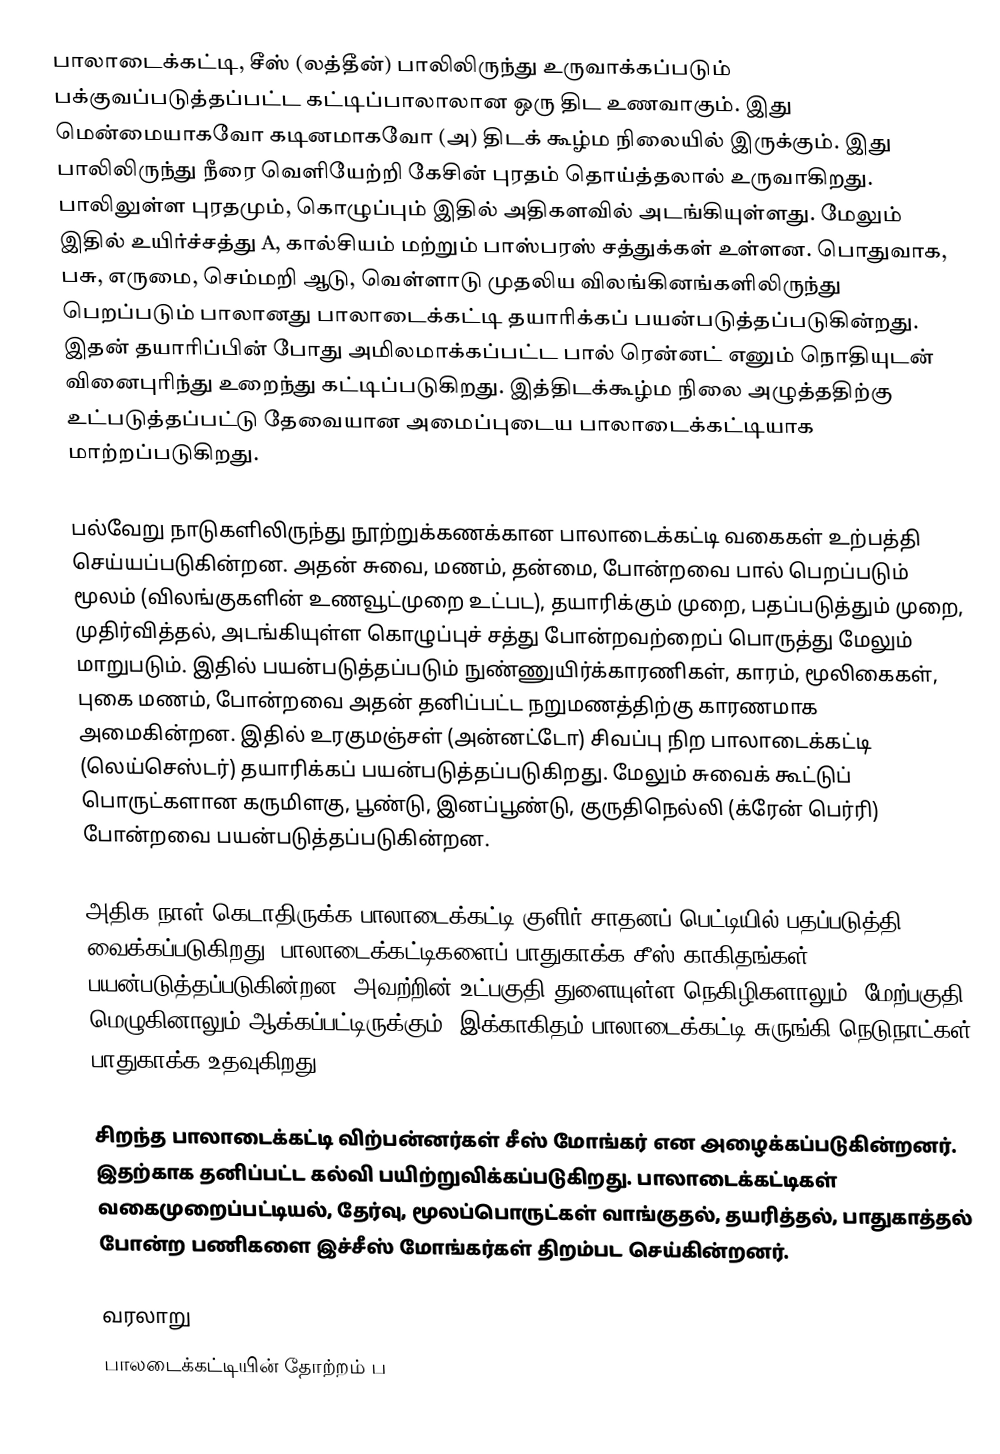
பாலாடைக்கட்டி, சீஸ் (லத்தீன்) பாலிலிருந்து உருவாக்கப்படும் பக்குவப்படுத்தப்பட்ட கட்டிப்பாலாலான ஒரு திட உணவாகும். இது மென்மையாகவோ கடினமாகவோ (அ) திடக் கூழ்ம நிலையில் இருக்கும். இது பாலிலிருந்து நீரை வெளியேற்றி கேசின் புரதம் தொய்த்தலால் உருவாகிறது. பாலிலுள்ள புரதமும், கொழுப்பும் இதில் அதிகளவில் அடங்கியுள்ளது. மேலும் இதில் உயிர்ச்சத்து A, கால்சியம் மற்றும் பாஸ்பரஸ் சத்துக்கள் உள்ளன. பொதுவாக, பசு, எருமை, செம்மறி ஆடு, வெள்ளாடு முதலிய விலங்கினங்களிலிருந்து பெறப்படும் பாலானது பாலாடைக்கட்டி தயாரிக்கப் பயன்படுத்தப்படுகின்றது. இதன் தயாரிப்பின் போது அமிலமாக்கப்பட்ட பால் ரென்னட் எனும் நொதியுடன் வினைபுரிந்து உறைந்து கட்டிப்படுகிறது. இத்திடக்கூழ்ம நிலை அழுத்ததிற்கு உட்படுத்தப்பட்டு தேவையான அமைப்புடைய பாலாடைக்கட்டியாக மாற்றப்படுகிறது.

பல்வேறு நாடுகளிலிருந்து நூற்றுக்கணக்கான பாலாடைக்கட்டி வகைகள் உற்பத்தி செய்யப்படுகின்றன. அதன் சுவை, மணம், தன்மை, போன்றவை பால் பெறப்படும் மூலம் (விலங்குகளின் உணவூட்முறை உட்பட), தயாரிக்கும் முறை, பதப்படுத்தும் முறை, முதிர்வித்தல், அடங்கியுள்ள கொழுப்புச் சத்து போன்றவற்றைப் பொருத்து மேலும் மாறுபடும். இதில் பயன்படுத்தப்படும் நுண்ணுயிர்க்காரணிகள், காரம், மூலிகைகள், புகை மணம், போன்றவை அதன் தனிப்பட்ட நறுமணத்திற்கு காரணமாக அமைகின்றன. இதில் உரகுமஞ்சள் (அன்னட்டோ) சிவப்பு நிற பாலாடைக்கட்டி (லெய்செஸ்டர்) தயாரிக்கப் பயன்படுத்தப்படுகிறது. மேலும் சுவைக் கூட்டுப் பொருட்களான கருமிளகு, பூண்டு, இனப்பூண்டு, குருதிநெல்லி (க்ரேன் பெர்ரி) போன்றவை பயன்படுத்தப்படுகின்றன.

அதிக நாள் கெடாதிருக்க பாலாடைக்கட்டி குளிர் சாதனப் பெட்டியில் பதப்படுத்தி வைக்கப்படுகிறது. பாலாடைக்கட்டிகளைப் பாதுகாக்க சீஸ் காகிதங்கள் பயன்படுத்தப்படுகின்றன. அவற்றின் உட்பகுதி துளையுள்ள நெகிழிகளாலும், மேற்பகுதி மெழுகினாலும் ஆக்கப்பட்டிருக்கும். இக்காகிதம் பாலாடைக்கட்டி சுருங்கி நெடுநாட்கள் பாதுகாக்க உதவுகிறது.

சிறந்த பாலாடைக்கட்டி விற்பன்னர்கள் சீஸ் மோங்கர் என அழைக்கப்படுகின்றனர். இதற்காக தனிப்பட்ட கல்வி பயிற்றுவிக்கப்படுகிறது. பாலாடைக்கட்டிகள் வகைமுறைப்பட்டியல், தேர்வு, மூலப்பொருட்கள் வாங்குதல், தயரித்தல்,  பாதுகாத்தல் போன்ற பணிகளை இச்சீஸ் மோங்கர்கள் திறம்பட செய்கின்றனர்.

வரலாறு
பாலடைக்கட்டியின் தோற்றம் ப